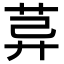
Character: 𦯸